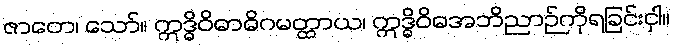
ဇာတေ၊ သော်။ ဣဒ္ဓိဝိဓာဓိဂမတ္ထာယ၊ ဣဒ္ဓိဝိဓအဘိညာဉ်ကိုရခြင်းငှါ။